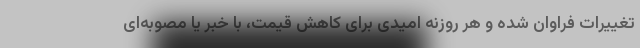
تغییرات فراوان شده و هر روزنه امیدی برای کاهش قیمت، با خبر یا مصوبه‌ای